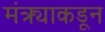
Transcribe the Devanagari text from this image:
मंत्र्याकडून